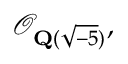
{ \mathcal { O } } _ { \mathbf { Q } ( { \sqrt { - 5 } } ) } ,